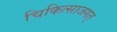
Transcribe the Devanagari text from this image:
चिकित्साजगत्‌